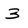
Character: 3